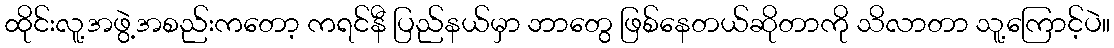
ထိုင်းလူ့အဖွဲ့အစည်းကတော့ ကရင်နီ ပြည်နယ်မှာ ဘာတွေ ဖြစ်နေတယ်ဆိုတာကို သိလာတာ သူ့ကြောင့်ပဲ။